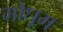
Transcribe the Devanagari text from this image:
गोधूम